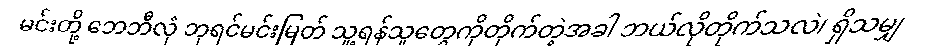
မင်းတို့ ဘေဘီလုံ ဘုရင်မင်းမြတ် သူ့ရန်သူတွေကိုတိုက်တဲ့အခါ ဘယ်လိုတိုက်သလဲ၊ ရှိသမျှ